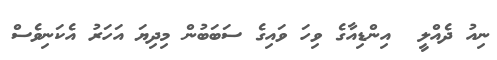
ނިއު ދެއްލީ  އިންޑިއާގެ ވިހަ ވައިގެ ސަބަބުން މިދިޔަ އަހަރު އެކަނިވެސް